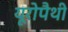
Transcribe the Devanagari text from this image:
यूरोपैथी